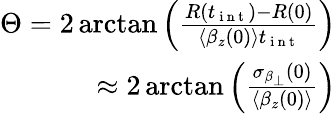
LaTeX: \begin{array}{r}{\Theta=2\arctan\left(\frac{R(t_{\mathrm{~i~n~t~}})-R(0)}{\langle\beta_{z}(0)\rangle t_{\mathrm{~i~n~t~}}}\right)}\\ {\approx 2\arctan\left(\frac{\sigma_{\beta_{\perp}}(0)}{\langle\beta_{z}(0)\rangle}\right)}\end{array}